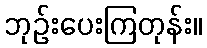
ဘုဉ်းပေးကြတုန်း။